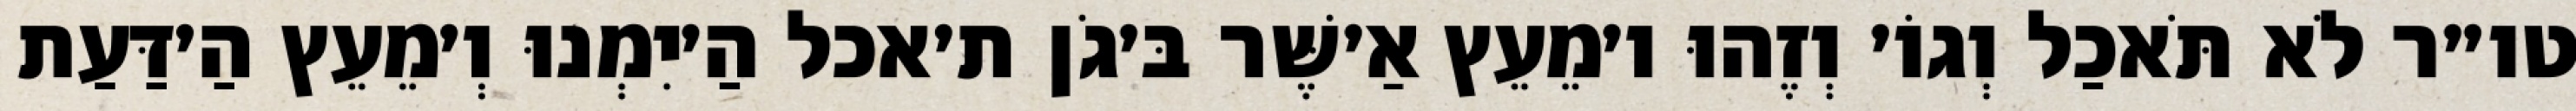
טו״ר לֹא תֹּאכַל וְגוֹ׳ וְזֶהוּ ו׳מֵעֵץ אַ׳שֶּׁר בּ׳גֹן ת׳אכל הַ׳יִמְנוּ וְ׳מֵעֵץ הַ׳דַּעַת